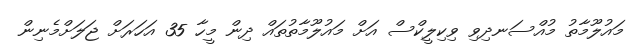
މައުލޫމާތު މުއްސަނދިވި ވިކިލީކްސް އަށް މައުލޫމާތުތައް ދިން މީހާ 35 އަހަރަށް ޖަލަށްމެނިން